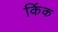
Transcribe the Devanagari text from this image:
किंक